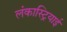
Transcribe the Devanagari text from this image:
लंकास्ट्रियाई